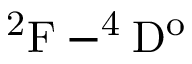
\mathrm { ^ 2 F - ^ { 4 } D ^ { o } }